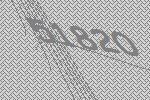
51820